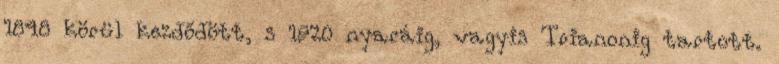
1848 körül kezdődött, s 1920 nyaráig, vagyis Trianonig tartott.